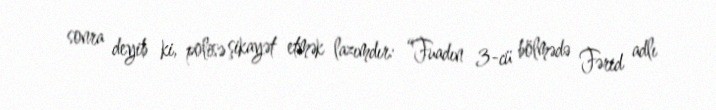
sonra deyib ki, polisə şikayət etmək lazımdır: “Fuadın 3-cü bölmədə Fərid adlı